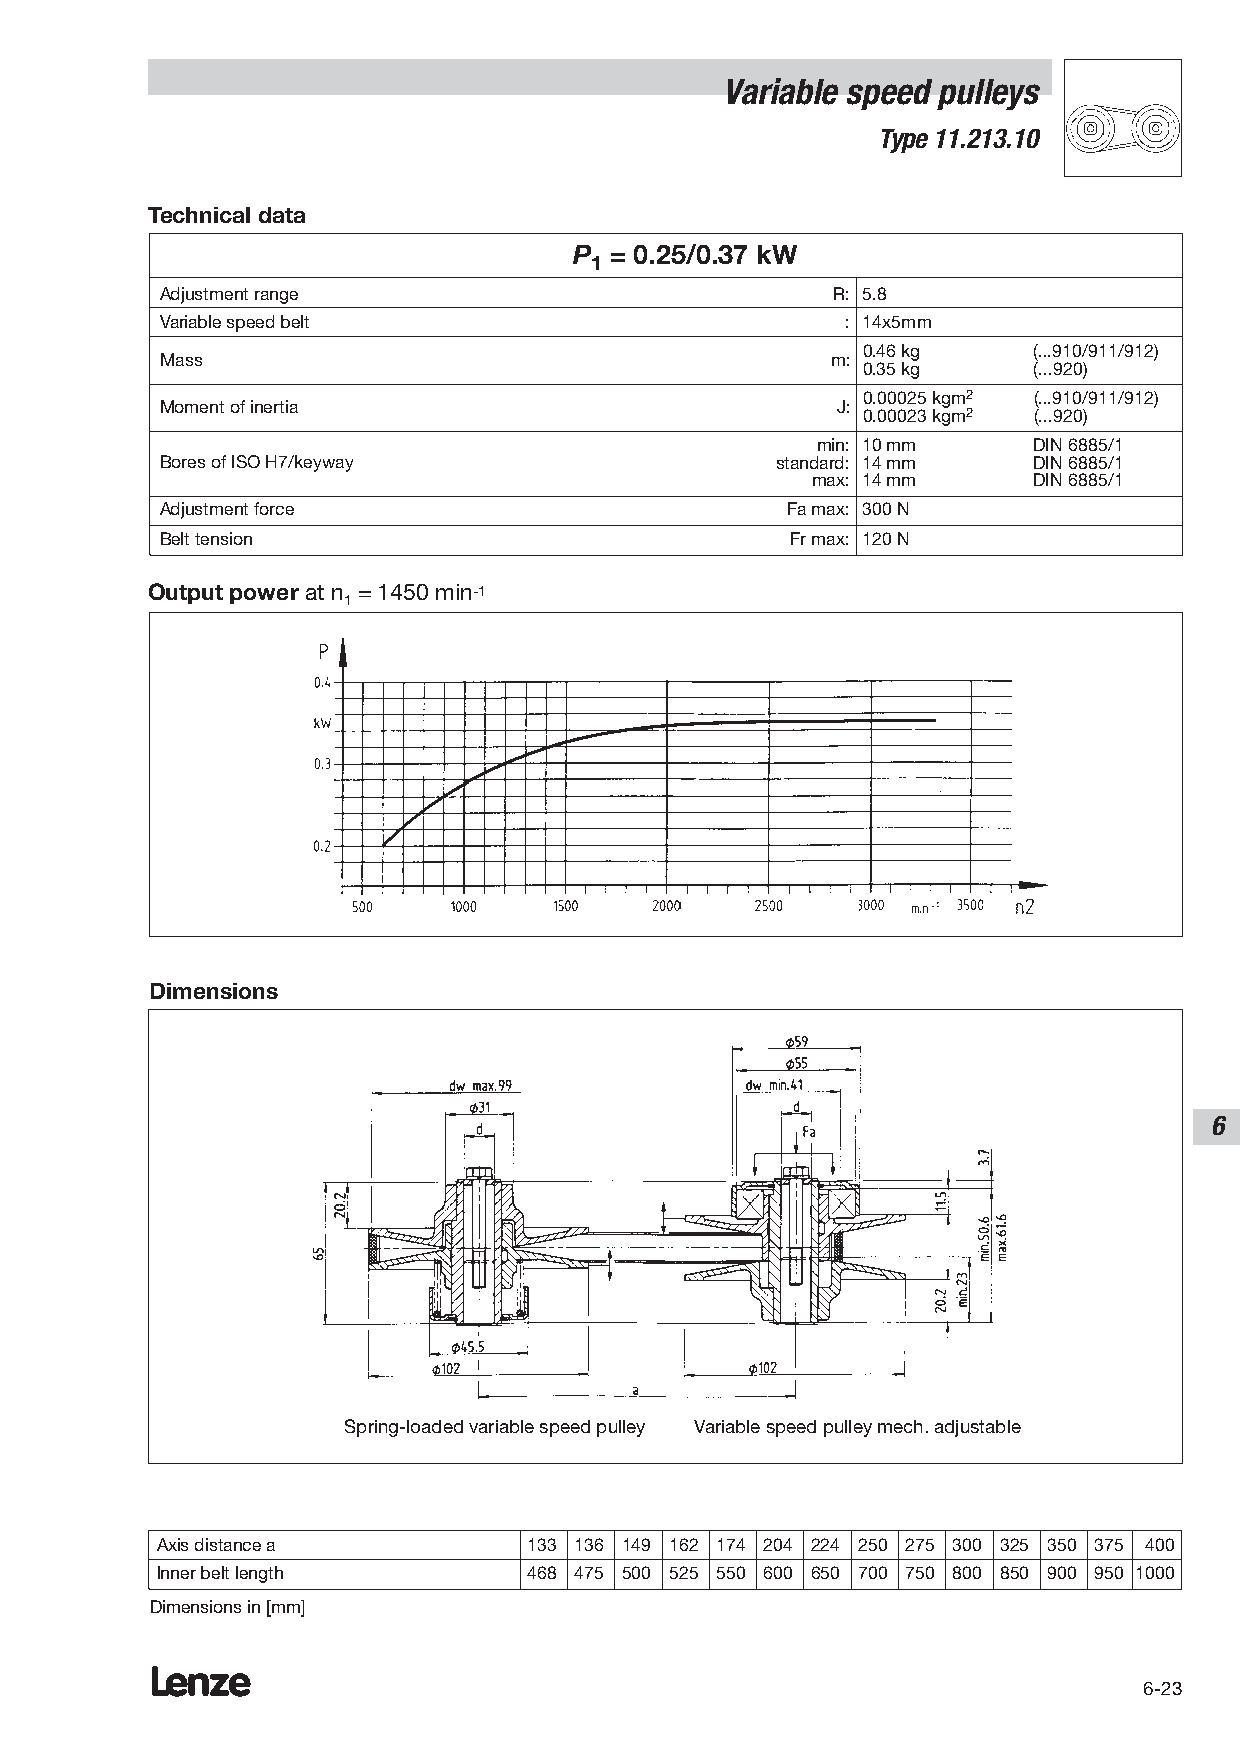
Variable speed pulleys
 Type 11.213.10
 Technical data
 P = 0.25/0.37 kW
 1
 Adjustment range                            R: 5.8
 Variable speed belt                          : 14x5mm
 0.46 kg    (...910/911/912)
 Mass                                        m:
 0.35 kg    (...920)
 0.00025 kgm2 (...910/911/912)
 Moment of inertia                           J:
 0.00023 kgm2 (...920)
 min: 10 mm    DIN 6885/1
 Bores of ISO H7/keyway                  standard: 14 mm  DIN 6885/1
 max: 14 mm    DIN 6885/1
 Adjustment force                         Fa max: 300 N
 Belt tension                             Fr max: 120 N
 Output power at n = 1450 min-1
 1
 Dimensions
 6
 Spring-loaded variable speed pulley Variable speed pulley mech. adjustable
 Axis distance a          133 136 149 162 174 204 224 250 275 300 325 350 375 400
 Inner belt length        468 475 500 525 550 600 650 700 750 800 850 900 950 1000
 Dimensions in [mm]
 Lenze
 6-23